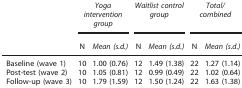
|  | <COLSPAN=2> Yoga intervention group | <COLSPAN=2> Waitlist control group | <COLSPAN=2> Total/combined |
 |  | N | Mean (s.d.) | N | Mean (s.d.) | N | Mean (s.d.) |
 | --- | --- | --- | --- | --- | --- | --- |
 | Baseline (wave 1) | 10 | 1.00 (0.76) | 12 | 1.49 (1.38) | 22 | 1.27 (1.14) |
 | Post-test (wave 2) | 10 | 1.05 (0.81) | 12 | 0.99 (0.49) | 22 | 1.02 (0.64) |
 | Follow-up (wave 3) | 10 | 1.79 (1.59) | 12 | 1.50 (1.24) | 22 | 1.63 (1.38) |